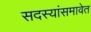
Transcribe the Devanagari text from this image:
सदस्यांसमावेत